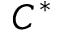
C ^ { * }